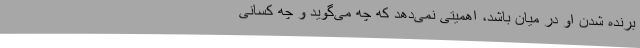
برنده شدن او در میان باشد، اهمیتی نمی‌دهد که چه می‌گوید و چه کسانی